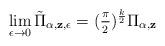
LaTeX: \begin{align*}\lim_{\epsilon\to 0} \tilde \Pi_{\bf \alpha, z,\epsilon}= (\frac{_\pi}{^2})^\frac{k}{2}\Pi_{\bf \alpha, z}\end{align*}